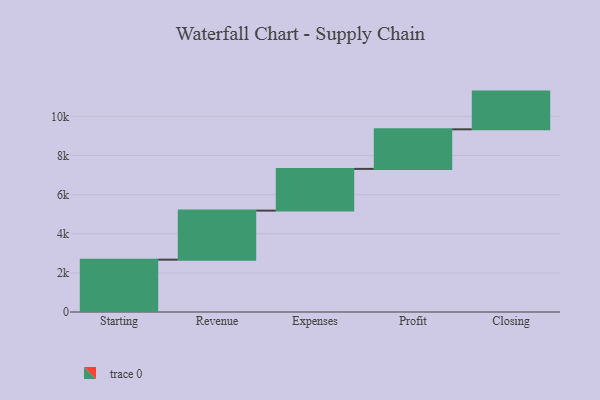
{"axis": {"x": "Step", "y": "Value"}, "legend": [""], "data": [{"x": "Starting", "y": 2676.0, "type": ""}, {"x": "Revenue", "y": 2508.0, "type": ""}, {"x": "Expenses", "y": 2132.0, "type": ""}, {"x": "Profit", "y": 2024.0, "type": ""}, {"x": "Closing", "y": 1928.0, "type": ""}]}